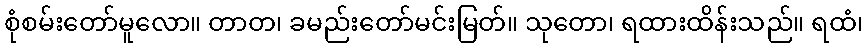
စုံစမ်းတော်မူလော။ တာတ၊ ခမည်းတော်မင်းမြတ်။ သုတော၊ ရထားထိန်းသည်။ ရထံ၊